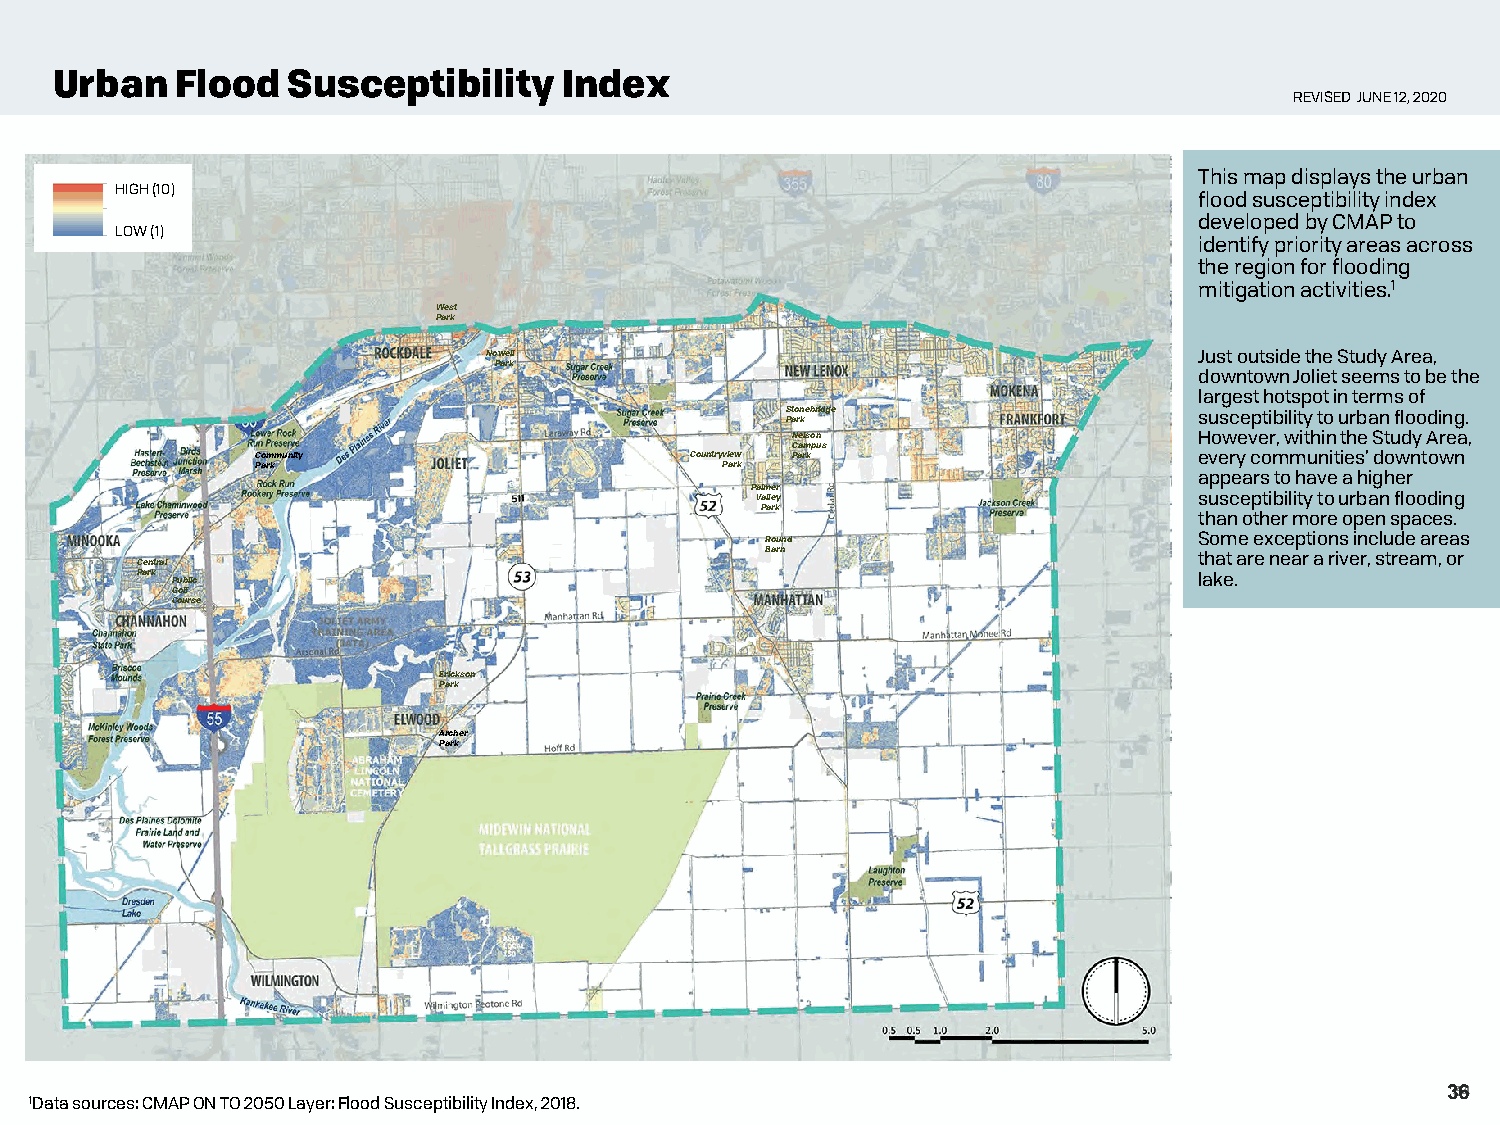
Urban    Flood  Susceptibility    Index
 REVISED JUNE 12, 2020
 This map displays the urban
 HIGH (10)
 flood susceptibility index
 developed by CMAP to
 LOW (1)
 identify priority areas across
 the region for flooding
 mitigation activities.1
 West
 Park
 Nowell                                         Just outside the Study Area,
 Park
 downtown Joliet seems to be the
 largest hotspot in terms of
 Stonebridge                susceptibility to urban flooding.
 Park
 Nelson                     However, within the Study Area,
 Campus
 Community                    Countryview Park                 every communities’ downtown
 Park                           Park
 appears to have a higher
 Palmer
 Valley                       susceptibility to urban flooding
 Park
 than other more open spaces.
 Round                       Some exceptions include areas
 Barn                        that are near a river, stream, or
 Central
 Park Public                                                           lake.
 Golf
 Course
 Erickson
 Park
 Archer
 Park
 3364
 1Data sources: CMAP ON TO 2050 Layer: Flood Susceptibility Index, 2018.